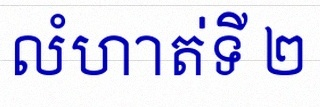
លំហាត់ទី ២